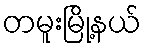
တမူးမြို့နယ်